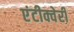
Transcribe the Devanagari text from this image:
एंटीक्वेरी